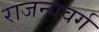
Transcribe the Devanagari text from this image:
राजन्यवर्ग